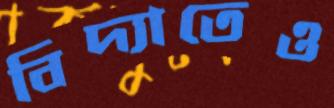
বিদ্যাতেও